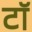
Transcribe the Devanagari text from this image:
टॉ